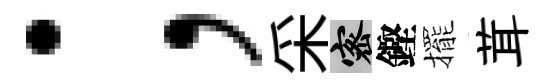
；采密鏗擺茸